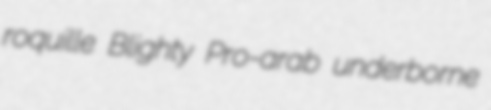
roquille Blighty Pro-arab underborne